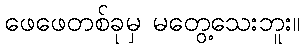
ဖေဖေတစ်ခုမှ မတွေ့သေးဘူး။